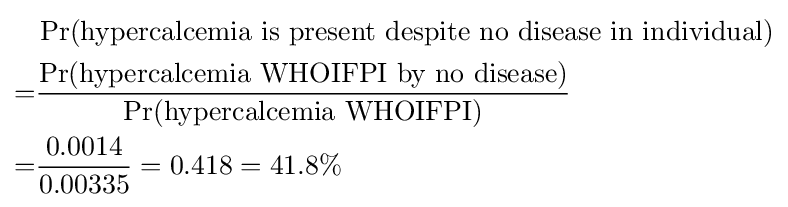
{\begin{aligned}&\Pr({\text{hypercalcemia is present despite no disease in individual}})\\=&{\frac {\Pr({\text{hypercalcemia WHOIFPI by no disease}})}{\Pr({\text{hypercalcemia WHOIFPI}})}}\\=&{\frac {0.0014}{0.00335}}=0.418=41.8\%\end{aligned}}